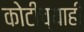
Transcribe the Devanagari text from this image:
कोटीच्याही